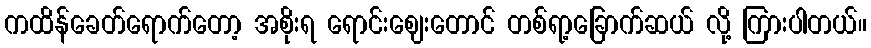
ကထိန်ခေတ်ရောက်တော့ အစိုးရ ရောင်းဈေးတောင် တစ်ရာ့ခြောက်ဆယ် လို့ ကြားပါတယ်။